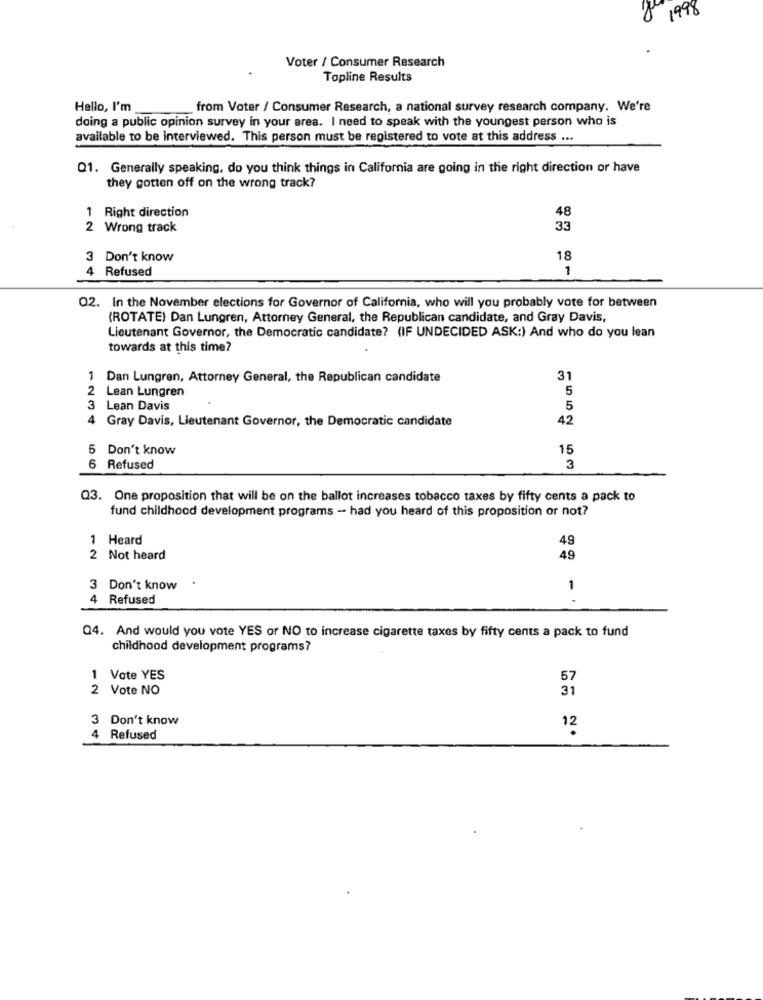
Je 1998
Voter / Consumer Research
Topline Results
Hello, I'm
from Voter / Consumer Research, a national survey research company. We're
doing a public opinion survey in your area. I need to speak with the youngest person who is
available to be interviewed. This person must be registered to vote at this address ...
01. Generally speaking, do you think things in California are going in the right direction or have
they gotten off on the wrong track?
1 Right direction
48
2 Wrong track
33
3 Don't know
18
Refused
1
02. In the November elections for Governor of California, who will you probably vote for between
(ROTATE) Dan Lungren, Attorney General, the Republican candidate, and Gray Davis,
Lieutenant Governor, the Democratic candidate? (IF UNDECIDED ASK:) And who do you lean
towards at this time?
1 Dan Lungren, Attorney General, the Republican candidate
31
2 Lean Lungren
5
3 Lean Davis
5
4 Gray Davis, Lieutenant Governor, the Democratic candidate
42
5 Don't know
15
6 Refused
3
Q3. One proposition that will be on the ballot increases tobacco taxes by fifty cents a pack to
fund childhood development programs - had you heard of this proposition or not?
1 Heard
49
2 Not heard
49
3 Don't know
1
4 Refused
Q4. And would you vote YES or NO to increase cigarette taxes by fifty cents a pack to fund
childhood development programs?
1 Vote YES
57
2 Vote NO
31
3 Don't know
4 Refused